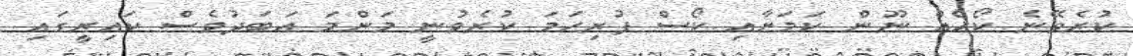
ކުރެވޭނެ ކޯހެއް ނޫން ކަމަށާއި ކޯސް ފުރިހަމަ ކުރެވުނީ މަންމަ އަބަދުވެސް ކައިރީގައި